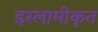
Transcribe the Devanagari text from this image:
इस्लामीकृत